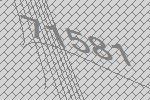
71581